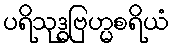
ပရိသုဒ္ဓဗြဟ္မစရိယံ